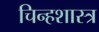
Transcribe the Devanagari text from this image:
चिन्हशास्त्र